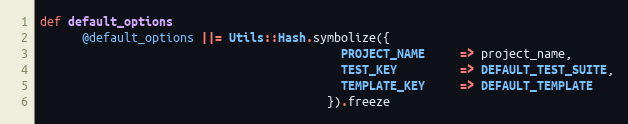
Language: Ruby
def default_options
      @default_options ||= Utils::Hash.symbolize({
                                           PROJECT_NAME     => project_name,
                                           TEST_KEY         => DEFAULT_TEST_SUITE,
                                           TEMPLATE_KEY     => DEFAULT_TEMPLATE
                                         }).freeze